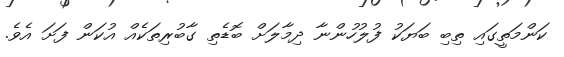
ކަންމަތީގައި ތިބި ބަޔަކު ފުލުހުންނާ ދިމާލަށް ބޮޑެތި ގާބުރިތަކެއް އުކަން ފަށަ އެވެ.